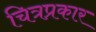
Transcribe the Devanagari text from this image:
चित्रप्रकार